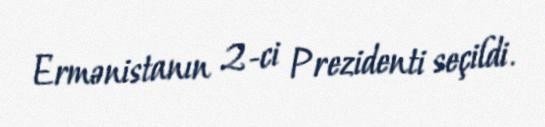
Ermənistanın 2-ci Prezidenti seçildi.